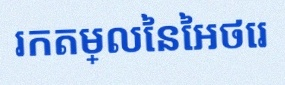
រកតម្លៃនៃអថេរ